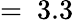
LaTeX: =~3.3